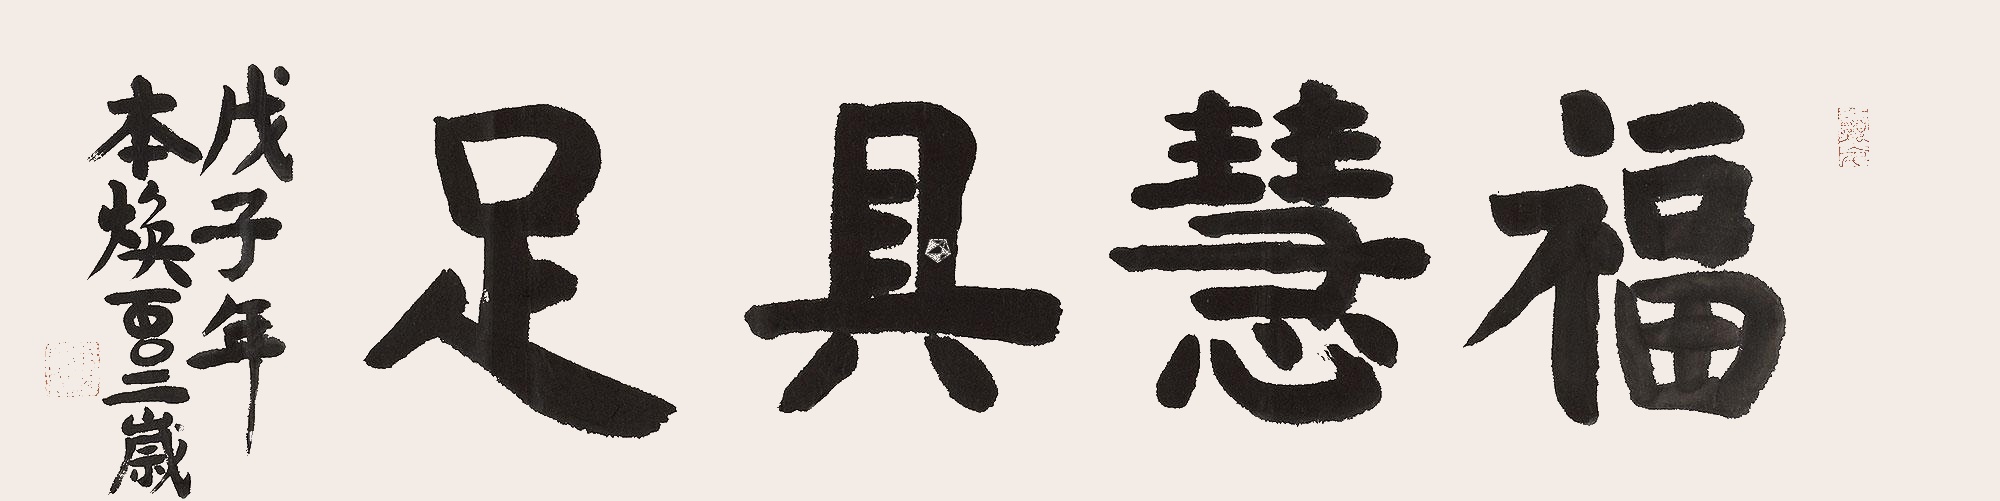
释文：福慧具足戊子年，本焕百〇二岁。